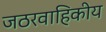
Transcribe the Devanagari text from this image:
जठरवाहिकीय